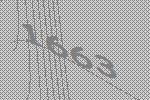
1663